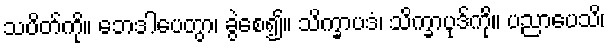
သပိတ်ကို။ ဘေဒါပေတွာ၊ ခွဲစေ၍။ သိက္ခာပဒံ၊ သိက္ခာပုဒ်ကို။ ပညာပေသိ၊